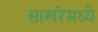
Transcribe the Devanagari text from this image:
साखरेमध्ये